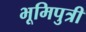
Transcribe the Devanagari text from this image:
भूमिपुत्री